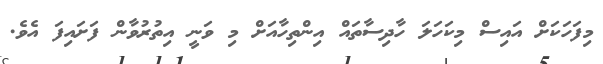
މިފަހަކަށް އައިސް މިކަހަލަ ހާދިސާތައް އިންތިހާއަށް މި ވަނީ އިތުރުވާން ފަށައިފަ އެވެ.